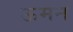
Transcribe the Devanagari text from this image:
ऊमन